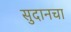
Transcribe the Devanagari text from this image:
सुदानचा